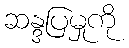
ဆန္ဒပြမှုကို